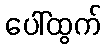
ပေါ်ထွက်